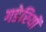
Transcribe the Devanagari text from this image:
गडेरियों